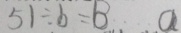
5 1 \div b = B \cdots a